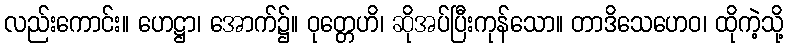
လည်းကောင်း။ ဟေဋ္ဌာ၊ အောက်၌။ ဝုတ္တေဟိ၊ ဆိုအပ်ပြီးကုန်သော။ တာဒိသေဟေဝ၊ ထိုကဲ့သို့